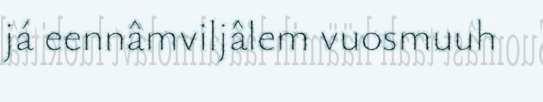
já eennâmviljâlem vuosmuuh